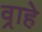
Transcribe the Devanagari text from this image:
व्राहे